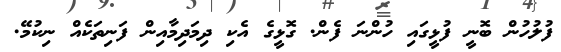
ފުލުހުން ބޮނީ ފުޅީގައި ހުންނަ ފެން. ގޮޅީގެ އެކި ދިމަދިމާއިން ފަނިތަކެއް ނިކުމޭ.